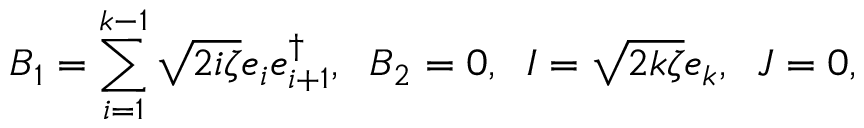
B _ { 1 } = \sum _ { i = 1 } ^ { k - 1 } \sqrt { 2 i \zeta } e _ { i } e _ { i + 1 } ^ { \dag } , \; \; B _ { 2 } = 0 , \; \; I = \sqrt { 2 k \zeta } e _ { k } , \; \; J = 0 ,